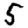
Digit: 5